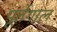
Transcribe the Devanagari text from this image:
पूर्तगाल